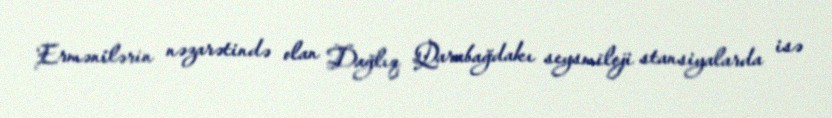
Ermənilərin nəzarətində olan Dağlıq Qarabağdakı seysmiloji stansiyalarda isə